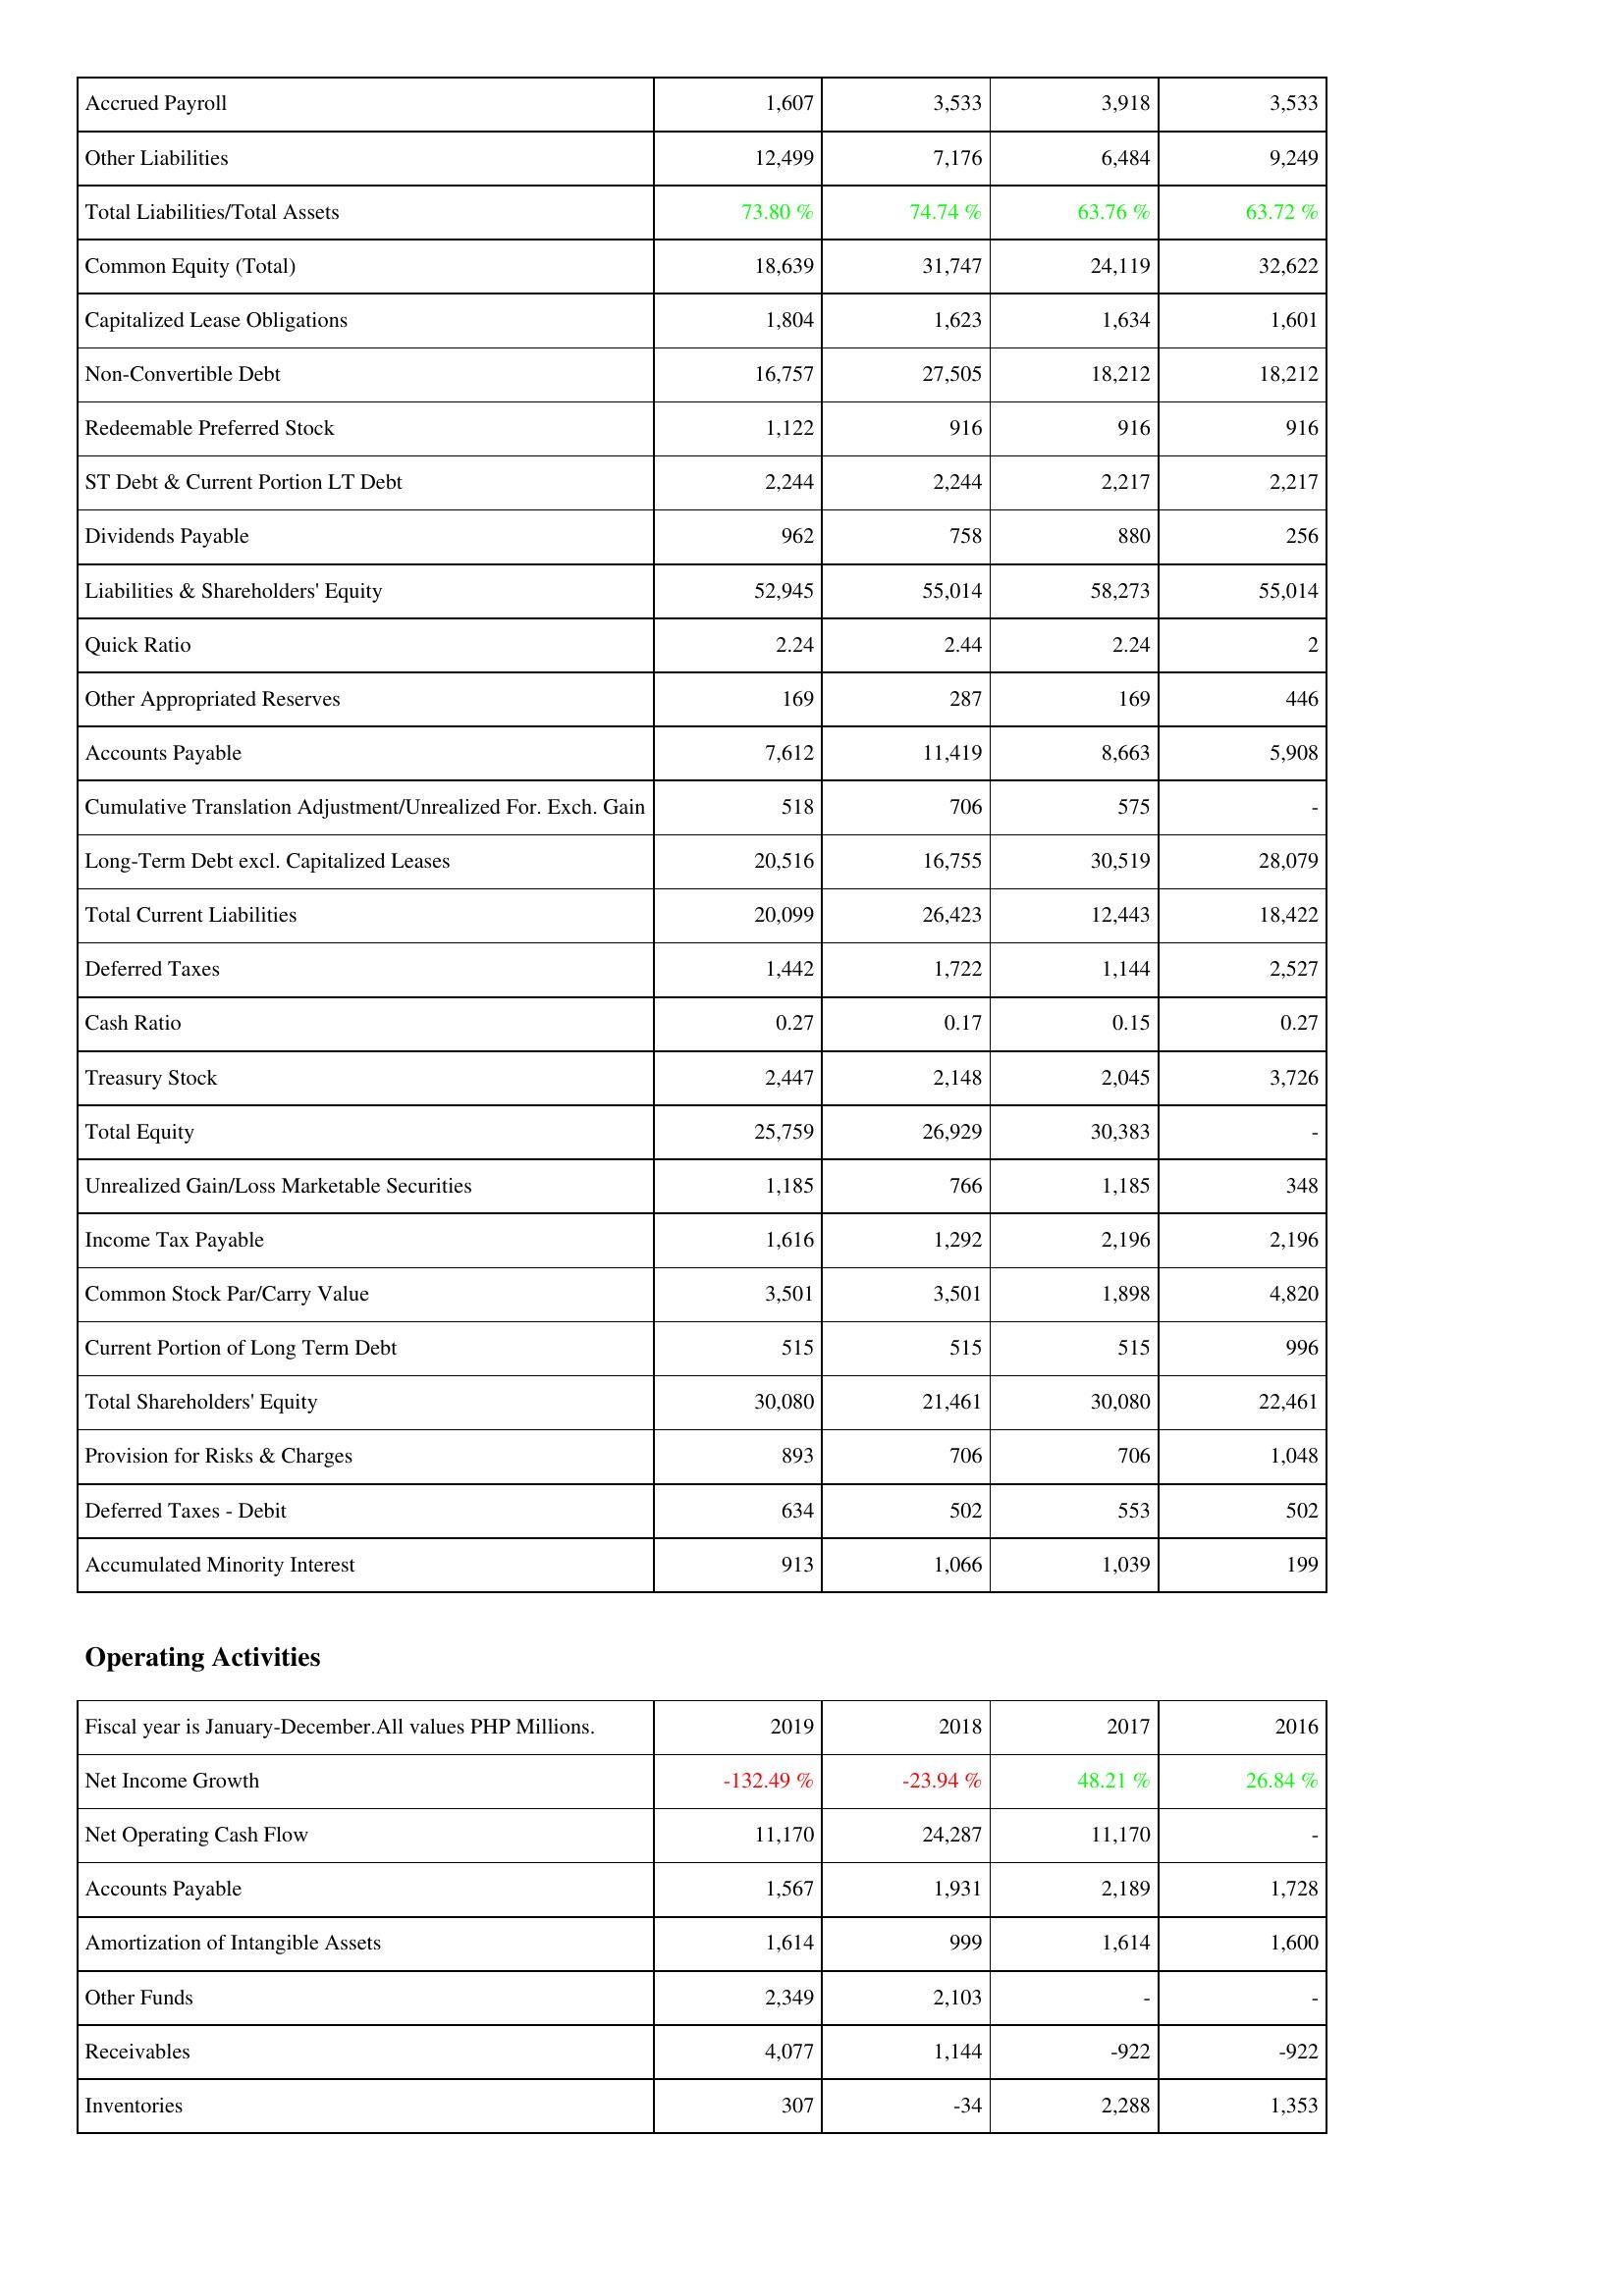
2019: Liabilities & Shareholders' Equity: Accrued Payroll: 1,607
Other Liabilities: 12,499
Total Liabilities/Total Assets: 73.80 %
Common Equity (Total): 18,639
Capitalized Lease Obligations: 1,804
Non-Convertible Debt: 16,757
Redeemable Preferred Stock: 1,122
ST Debt & Current Portion LT Debt: 2,244
Dividends Payable: 962
Liabilities & Shareholders' Equity: 52,945
Quick Ratio: 2.24
Other Appropriated Reserves: 169
Accounts Payable: 7,612
Cumulative Translation Adjustment/Unrealized For. Exch. Gain: 518
Long-Term Debt excl. Capitalized Leases: 20,516
Total Current Liabilities: 20,099
Deferred Taxes: 1,442
Cash Ratio: 0.27
Treasury Stock: 2,447
Total Equity: 25,759
Unrealized Gain/Loss Marketable Securities: 1,185
Income Tax Payable: 1,616
Common Stock Par/Carry Value: 3,501
Current Portion of Long Term Debt: 515
Total Shareholders' Equity: 30,080
Provision for Risks & Charges: 893
Deferred Taxes - Debit: 634
Accumulated Minority Interest: 913
Operating Activities: Net Income Growth: -132.49 %
Net Operating Cash Flow: 11,170
Accounts Payable: 1,567
Amortization of Intangible Assets: 1,614
Other Funds: 2,349
Receivables: 4,077
Inventories: 307
2018: Liabilities & Shareholders' Equity: Accrued Payroll: 3,533
Other Liabilities: 7,176
Total Liabilities/Total Assets: 74.74 %
Common Equity (Total): 31,747
Capitalized Lease Obligations: 1,623
Non-Convertible Debt: 27,505
Redeemable Preferred Stock: 916
ST Debt & Current Portion LT Debt: 2,244
Dividends Payable: 758
Liabilities & Shareholders' Equity: 55,014
Quick Ratio: 2.44
Other Appropriated Reserves: 287
Accounts Payable: 11,419
Cumulative Translation Adjustment/Unrealized For. Exch. Gain: 706
Long-Term Debt excl. Capitalized Leases: 16,755
Total Current Liabilities: 26,423
Deferred Taxes: 1,722
Cash Ratio: 0.17
Treasury Stock: 2,148
Total Equity: 26,929
Unrealized Gain/Loss Marketable Securities: 766
Income Tax Payable: 1,292
Common Stock Par/Carry Value: 3,501
Current Portion of Long Term Debt: 515
Total Shareholders' Equity: 21,461
Provision for Risks & Charges: 706
Deferred Taxes - Debit: 502
Accumulated Minority Interest: 1,066
Operating Activities: Net Income Growth: -23.94 %
Net Operating Cash Flow: 24,287
Accounts Payable: 1,931
Amortization of Intangible Assets: 999
Other Funds: 2,103
Receivables: 1,144
Inventories: -34
2017: Liabilities & Shareholders' Equity: Accrued Payroll: 3,918
Other Liabilities: 6,484
Total Liabilities/Total Assets: 63.76 %
Common Equity (Total): 24,119
Capitalized Lease Obligations: 1,634
Non-Convertible Debt: 18,212
Redeemable Preferred Stock: 916
ST Debt & Current Portion LT Debt: 2,217
Dividends Payable: 880
Liabilities & Shareholders' Equity: 58,273
Quick Ratio: 2.24
Other Appropriated Reserves: 169
Accounts Payable: 8,663
Cumulative Translation Adjustment/Unrealized For. Exch. Gain: 575
Long-Term Debt excl. Capitalized Leases: 30,519
Total Current Liabilities: 12,443
Deferred Taxes: 1,144
Cash Ratio: 0.15
Treasury Stock: 2,045
Total Equity: 30,383
Unrealized Gain/Loss Marketable Securities: 1,185
Income Tax Payable: 2,196
Common Stock Par/Carry Value: 1,898
Current Portion of Long Term Debt: 515
Total Shareholders' Equity: 30,080
Provision for Risks & Charges: 706
Deferred Taxes - Debit: 553
Accumulated Minority Interest: 1,039
Operating Activities: Net Income Growth: 48.21 %
Net Operating Cash Flow: 11,170
Accounts Payable: 2,189
Amortization of Intangible Assets: 1,614
Other Funds: -
Receivables: -922
Inventories: 2,288
2016: Liabilities & Shareholders' Equity: Accrued Payroll: 3,533
Other Liabilities: 9,249
Total Liabilities/Total Assets: 63.72 %
Common Equity (Total): 32,622
Capitalized Lease Obligations: 1,601
Non-Convertible Debt: 18,212
Redeemable Preferred Stock: 916
ST Debt & Current Portion LT Debt: 2,217
Dividends Payable: 256
Liabilities & Shareholders' Equity: 55,014
Quick Ratio: 2
Other Appropriated Reserves: 446
Accounts Payable: 5,908
Cumulative Translation Adjustment/Unrealized For. Exch. Gain: -
Long-Term Debt excl. Capitalized Leases: 28,079
Total Current Liabilities: 18,422
Deferred Taxes: 2,527
Cash Ratio: 0.27
Treasury Stock: 3,726
Total Equity: -
Unrealized Gain/Loss Marketable Securities: 348
Income Tax Payable: 2,196
Common Stock Par/Carry Value: 4,820
Current Portion of Long Term Debt: 996
Total Shareholders' Equity: 22,461
Provision for Risks & Charges: 1,048
Deferred Taxes - Debit: 502
Accumulated Minority Interest: 199
Operating Activities: Net Income Growth: 26.84 %
Net Operating Cash Flow: -
Accounts Payable: 1,728
Amortization of Intangible Assets: 1,600
Other Funds: -
Receivables: -922
Inventories: 1,353